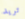
تريد